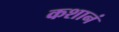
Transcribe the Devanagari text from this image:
कशानं